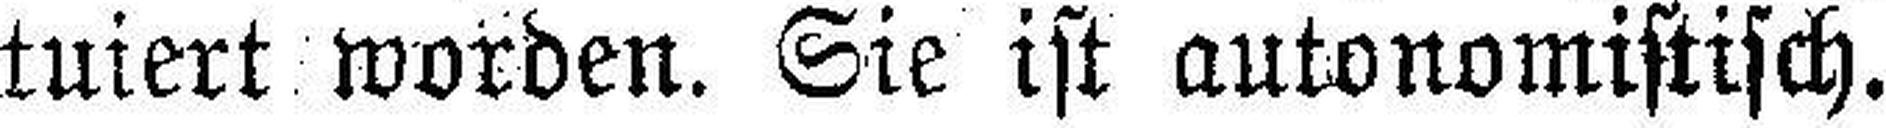
tuiert worden. Sie ist autonomistisch.